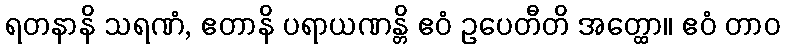
ရတနာနိ သရဏံ, ဧတာနိ ပရာယဏန္တိ ဧဝံ ဥပေတီတိ အတ္ထော။ ဧဝံ တာဝ